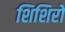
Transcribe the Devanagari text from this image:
शिशिरो